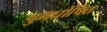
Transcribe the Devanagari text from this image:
पुनर्घोषित